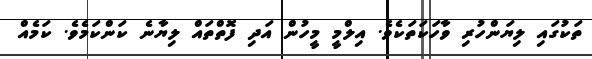
ތަކުގައި ލިޔަންހުރި ވާހަކަތަކެވެ. އިލްމީ މީހުން އަދި ފޮތްތައް ލިޔާނެ ކަންކަމެވެ. ކަމެއް